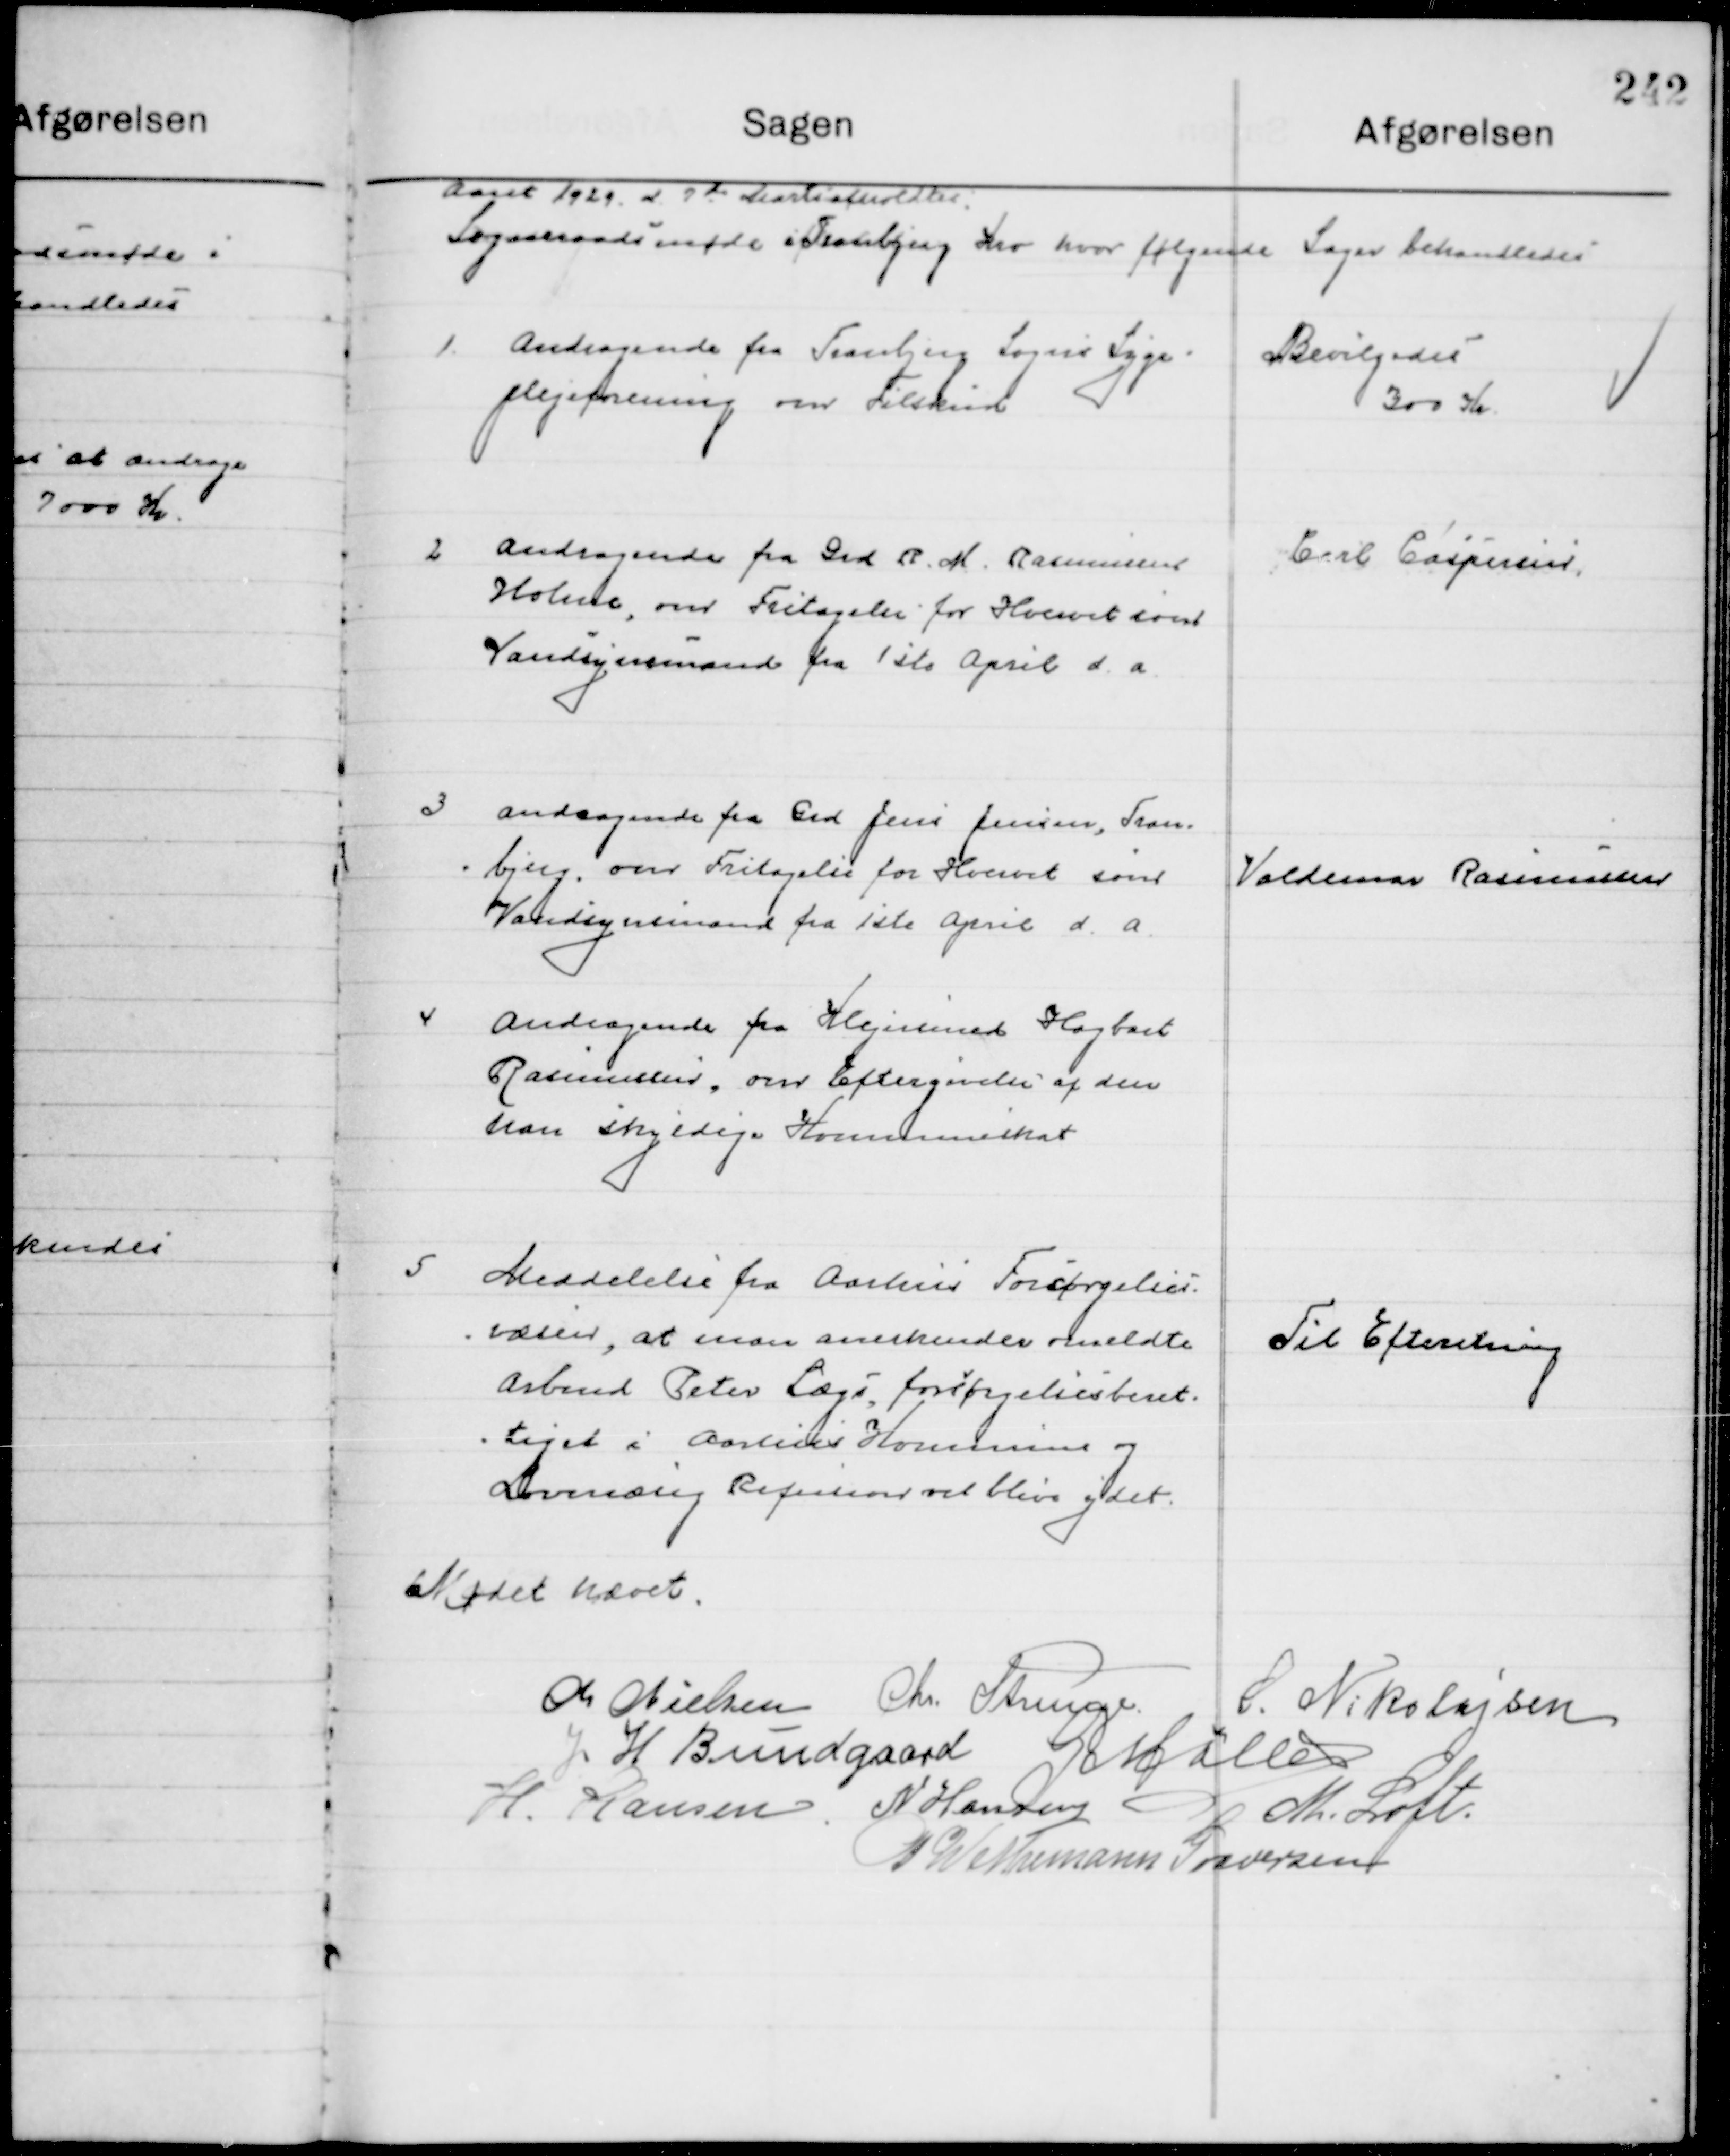
Transskription:
Aaret 1929 d. 7de Marts  afholdtes  
Sogneraads møde i Tranbjerg Kro Hvor følgende Sager behandledes.

1

Andragende fra Tranbjerg Sogns Syge-
plejeforretning om Tilskud

Bevilgedes
300 Kr.

2

Andragende fra Grd. R. M. Rasmussen
Holme om om Fritagelse for Hvervet som
Vandsynsmand fra 1ste April d. A.

Carl Caspersen

3

Andragende fra Grd. Jens Jensen, Tran-
Bjerg, om Fritagelse for Hvervet som
Vandsynsmand fra 1ste April d. a.

Valdemar Rasmussen

4

Andragende fra Klejnsmed Hagbart
Rasmussen, om Eftergivelse af den
ham skyldige Kommuneskat

5

Meddelelse fra Aarhus Forsørgelses-
Væsen at man anerkender meldte
Arbmd Peter Lægs, forsørgelsesberet-
tiget i Aarhus Kommune og 
Lovmæssig Refusion vil blive ydet.

Til Efterretning

Mødet hævet

M. Nielsen
Chr. Strunge
S. Nikolajsen
J. H. Bundgaard
G. Møller
H. Hansen
N. Hansen
M. Loft
P. Wethemann Graversen